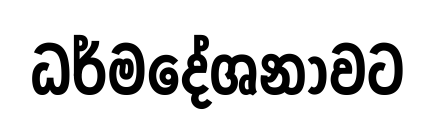
ධර්මදේශනාවට